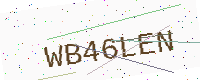
Text: WB46LEN